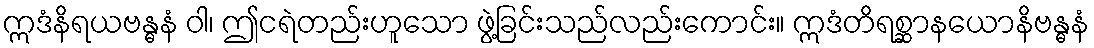
ဣဒံနိရယဗန္ဓနံ ဝါ၊ ဤငရဲတည်းဟူသော ဖွဲ့ခြင်းသည်လည်းကောင်း။ ဣဒံတိရစ္ဆာနယောနိဗန္ဓနံ